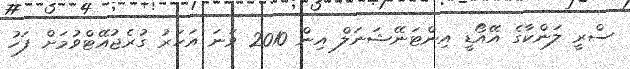
ސްރީ ލަންކާގެ އޭއޯޑީ އިންޓަނޭޝަނަލް އިން 2010 ވަނަ އަހަރު ގުރެޖުއޭޓްވުމަށް ފަހު